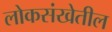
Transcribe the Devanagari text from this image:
लोकसंखेतील